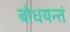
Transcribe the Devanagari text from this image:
बोधयन्तं